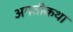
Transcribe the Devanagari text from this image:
अगतीकथा